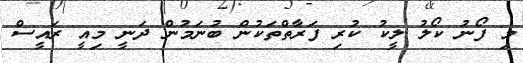
މި ފޯނު ކޯލު ލީކު ކުރި ފަރާތްތަކުން ބުނަމުން ދަނީ މިއީ ރައީސް